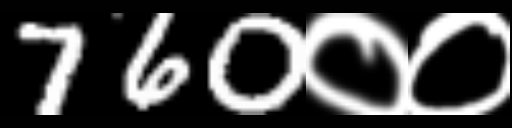
Text: 760००